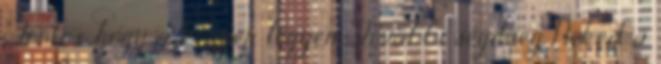
Fontos, hogy a kenyér legyen További segítség Neked a